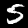
Digit: 5